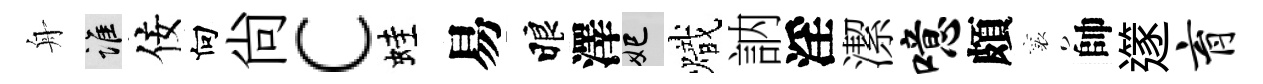
舟誰佞向尙c蛙易睱澤妃熾訥淫潔噫頗襄帥𨗹育